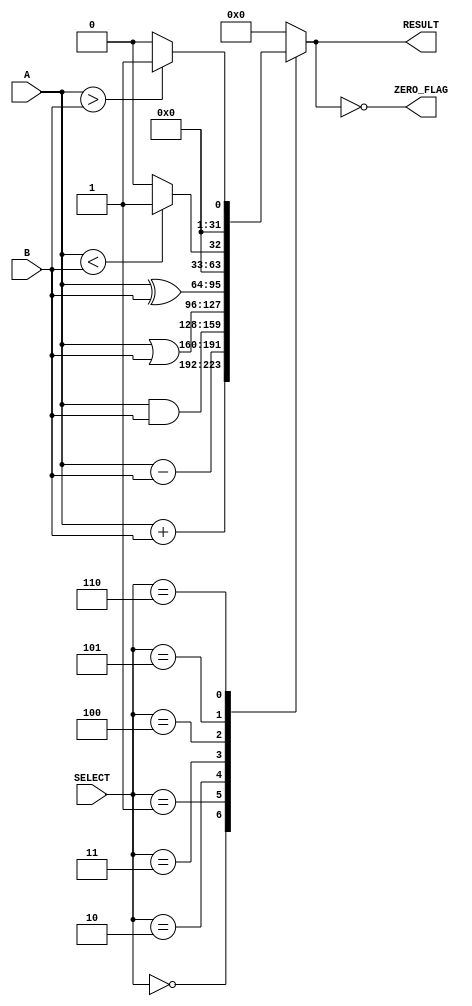
module parameterized_alu #(
    parameter DATA_WIDTH = 32,       // Bit-width of the inputs and output
    parameter OPERATION_SET = 3       // Number of operations (should be enough to represent op codes)
)(
    input  [DATA_WIDTH-1:0] A,       // Operand A
    input  [DATA_WIDTH-1:0] B,       // Operand B
    input  [OPERATION_SET-1:0] SELECT, // Control signal for operation selection
    output reg [DATA_WIDTH-1:0] RESULT, // Result of the operation
    output reg ZERO_FLAG               // Zero flag output
);

    // Define operation encodings
    localparam ADD        = 3'b000; // Addition
    localparam SUBTRACT   = 3'b001; // Subtraction
    localparam AND        = 3'b010; // Bitwise AND
    localparam OR         = 3'b011; // Bitwise OR
    localparam XOR        = 3'b100; // Bitwise XOR
    localparam LESS_THAN  = 3'b101; // Less than comparison
    localparam GREATER_THAN = 3'b110; // Greater than comparison

    always @(*) begin
        case (SELECT)
            ADD:        RESULT = A + B;
            SUBTRACT:   RESULT = A - B;
            AND:        RESULT = A & B;
            OR:         RESULT = A | B;
            XOR:        RESULT = A ^ B;
            LESS_THAN:  RESULT = (A < B) ? 1 : 0; // Result is 1 if A < B, else 0
            GREATER_THAN: RESULT = (A > B) ? 1 : 0; // Result is 1 if A > B, else 0
            default:    RESULT = {DATA_WIDTH{1'b0}}; // Default case to zero
        endcase

        // Zero flag logic
        ZERO_FLAG = (RESULT == {DATA_WIDTH{1'b0}});
    end

endmodule